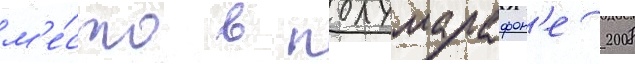
м'е́сто в полумарафон'е 2008